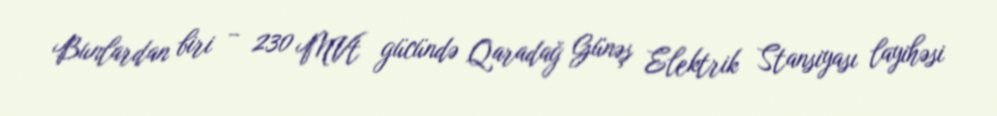
Bunlardan biri – 230 MVt gücündə Qaradağ Günəş Elektrik Stansiyası layihəsi